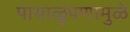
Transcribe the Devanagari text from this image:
पायाळूपणामुळे